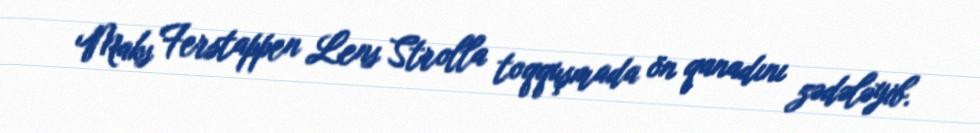
Maks Ferstappen Lens Strolla toqquşmada ön qanadını zədələyib.